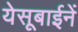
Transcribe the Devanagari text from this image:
येसूबाईनें